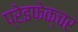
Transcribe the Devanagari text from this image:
प्रेइफेक्चर